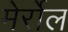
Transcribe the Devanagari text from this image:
मेर्रोल